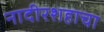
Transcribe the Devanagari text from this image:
नादीरशहाचा